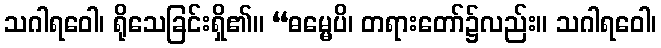
သဂါရဝေါ၊ ရိုသေခြင်းရှိ၏။ “ဓမ္မေပိ၊ တရားတော်၌လည်း။ သဂါရဝေါ၊